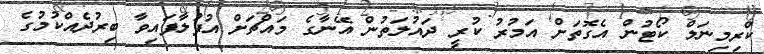
ކްރިމިނަލް ކޯޓުން އެގޮތަށް އަމުރު ކުރީ ދައުލަތުން އޭނާގެ މައްޗަށް އުފުލާފައިވާ ބިރުދެއްކުމުގެ